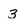
Character: 3